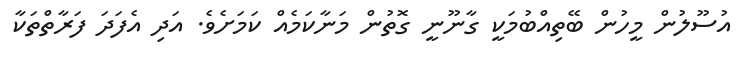
އުސޫލުން މީހުން ބޭތިއްބުމަކީ ގާނޫނީ ގޮތުން މަނާކަމެއް ކަމަށެވެ. އަދި އެފަދަ ފަރާތްތަކާ